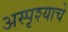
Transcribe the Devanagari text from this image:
अस्पृश्‍याचे